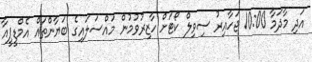
އަދި މާދަމާ 10:00 ޖަހާއިރު ސިވިލް ކޯޓަށް ހާޒިރުވުމުން މައްސަލައިގެ ބަޔާންތައް އެމްޑީޕީއާ